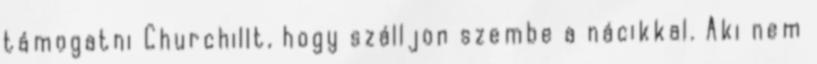
támogatni Churchillt, hogy szálljon szembe a nácikkal. Aki nem